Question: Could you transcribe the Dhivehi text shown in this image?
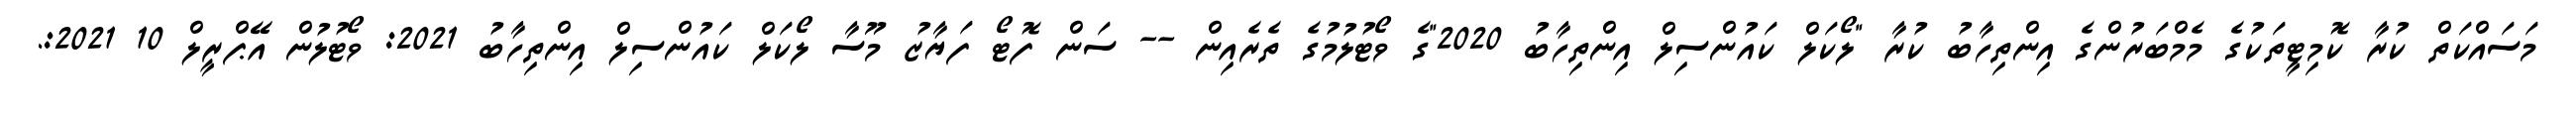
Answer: މަސައްކަތް ކުރާ ކޮމިޓީތަކުގެ މެމްބަރުންގެ އިންތިހާބު ކުރާ "ލޯކަލް ކައުންސިލް އިންތިހާބު 2020"ގެ ވޯޓުލުމުގެ ތެރެއިން -- ސަން ފޮޓޯ ފަޔާޒު މޫސާ ލޯކަލް ކައުންސިލް އިންތިހާބު 2021: ވޯޓުލުން އޭޕްރީލް 10 2021:.